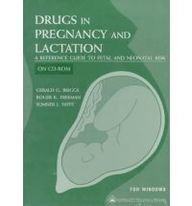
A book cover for Drugs in Pregnancy and Lactation: A Reference Guide to Fetal and Neonatal Risk, 5th Edition (CD-ROM for Windows, Individual Version); Gerald G. Briggs BPharm  FCCP; Medical Books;